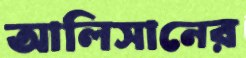
আলিসানের